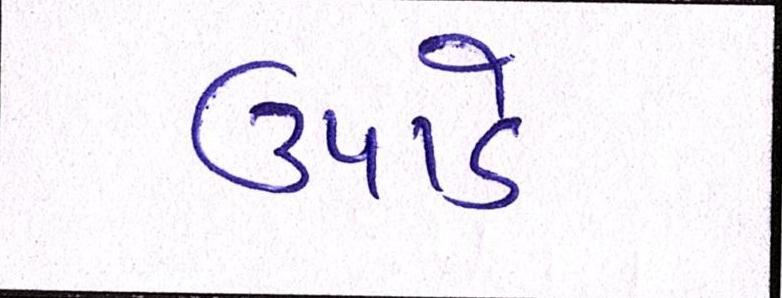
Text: ઉપાડે